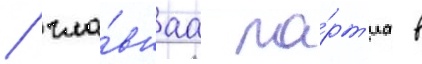
/ гла́внаа па́рт'иа в